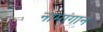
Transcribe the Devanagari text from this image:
नामांगान